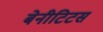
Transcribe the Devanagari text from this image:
बेनीटिटस